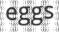
eggs